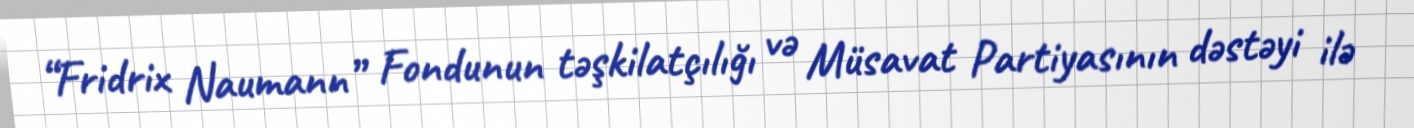
“Fridrix Naumann” Fondunun təşkilatçılığı və Müsavat Partiyasının dəstəyi ilə